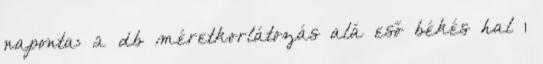
naponta: 2 db méretkorlátozás alá eső békés hal 1